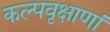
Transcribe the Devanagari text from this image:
कल्पवृक्षाणां